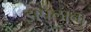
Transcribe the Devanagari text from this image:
झपलाना